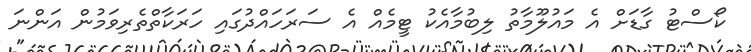
ކޯސްޓު ގާޑަށް އެ މައުލޫމާތު ލިބުމާއެކު ޓީމެއް އެ ސަރަހައްދުގައި ހަރަކާތްތެރިވަމުން އަންނަ